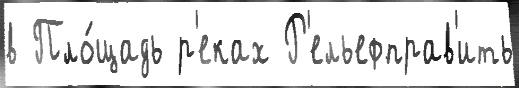
в Пло́щадь р'еках Р'ельефправ'ить